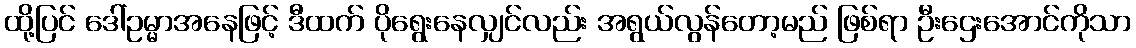
ထို့ပြင် ဒေါ်ဥမ္မာအနေဖြင့် ဒီထက် ပိုရွေးနေလျှင်လည်း အရွယ်လွန်တော့မည် ဖြစ်ရာ ဦးဌေးအောင်ကိုသာ